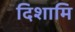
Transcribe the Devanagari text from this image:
दिशामि